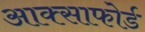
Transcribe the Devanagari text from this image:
आक्साफोर्ड